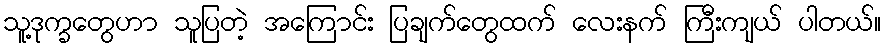
သူ့ဒုက္ခတွေဟာ သူပြတဲ့ အကြောင်း ပြချက်တွေထက် လေးနက် ကြီးကျယ် ပါတယ်။